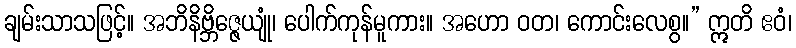
ချမ်းသာသဖြင့်။ အဘိနိဗ္ဘိဇ္ဇေယျုံ၊ ပေါက်ကုန်မူကား။ အဟော ဝတ၊ ကောင်းလေစွ။” ဣတိ ဧဝံ၊